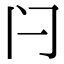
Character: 闩